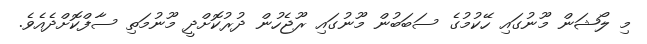
މި ލޯޝަން މޫނުގައި ހޭކުމުގެ ސަބަބުން މޫނުގައި ރޫޖެހުން ދުރުކޮށްދީ މޫނުމަތި ސާފްކޮށްދެއެވެ.